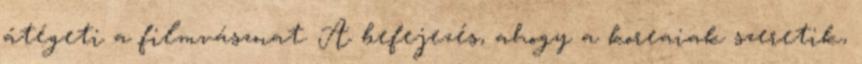
átégeti a filmvásznat. A befejezés, ahogy a koreaiak szeretik,